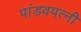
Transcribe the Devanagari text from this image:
पांडवपत्‍नी